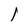
Character: l